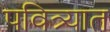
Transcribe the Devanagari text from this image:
पवित्र्यात